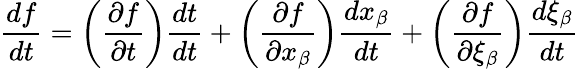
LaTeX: \frac{df}{dt}=\left(\frac{\partial{f}}{\partial{t}}\right)\frac{dt}{dt}+\left(\frac{\partial{f}}{\partial{x_{\beta}}}\right)\frac{dx_{\beta}}{dt}+\left(\frac{\partial{f}}{\partial{\xi{_{\beta}}}}\right)\frac{d\xi{_{\beta}}}{dt}